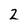
Character: Z